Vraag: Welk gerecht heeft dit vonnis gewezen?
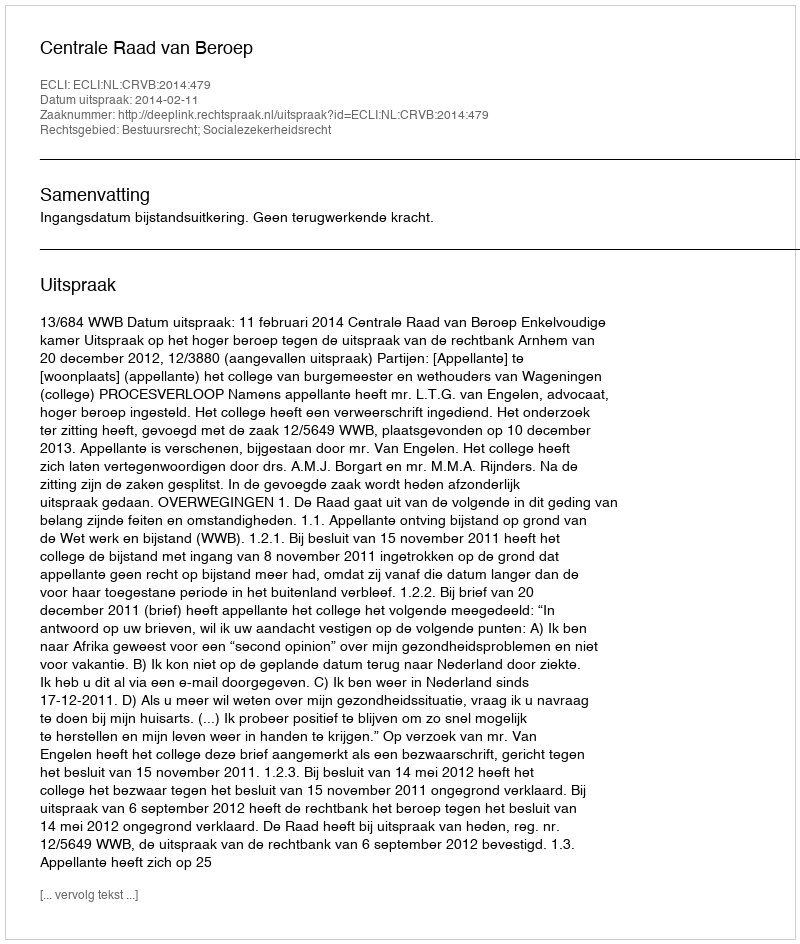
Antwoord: Centrale Raad van Beroep